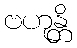
ဗဟုန္တိ